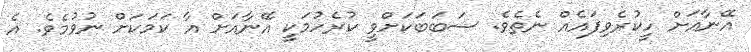
އޭނާއަށް ހީކުރެވިފައެއް ނެތެވެ. ސަބަބަކަށްވީ ކުރެހުމަކީ އޭނާއަށް އާ ކަމަކަށް ނުވުމެވެ. އެ